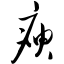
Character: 瘐